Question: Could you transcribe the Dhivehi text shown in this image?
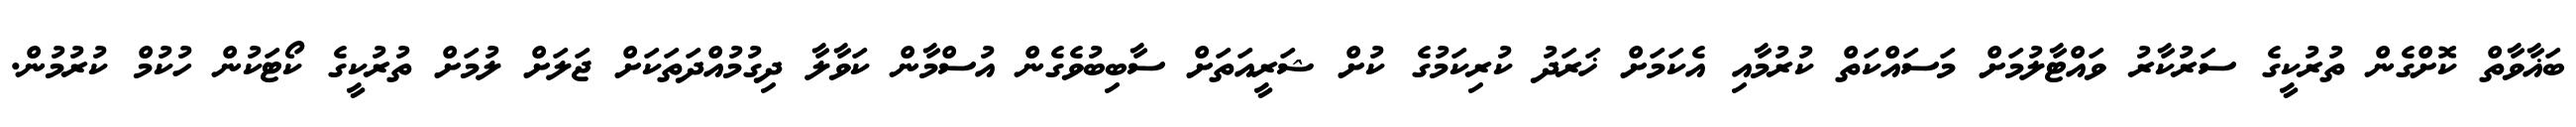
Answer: ބަޣާވާތް ކޮށްގެން ތުރުކީގެ ސަރުކާރު ވައްޓާލުމަށް މަސައްކަތް ކުރުމާއި އެކަމަށް ޚަރަދު ކުރިކަމުގެ ކުށް ޝަރީއަތަށް ސާބިބުވެގެން އުސްމާން ކަވާލާ ދިގުމުއްދަތަކަށް ޖަލަށް ލުމަށް ތުރުކީގެ ކޯޓަކުން ހުކުމް ކުރުމުން.